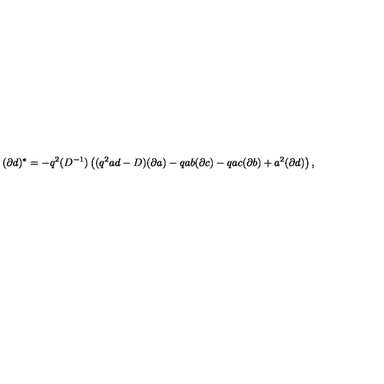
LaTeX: ( \partial d ) ^ { * } = - q ^ { 2 } ( D ^ { - 1 } ) \left( ( q ^ { 2 } a d - D ) ( \partial a ) - q a b ( \partial c ) - q a c ( \partial b ) + a ^ { 2 } ( \partial d ) \right) ,